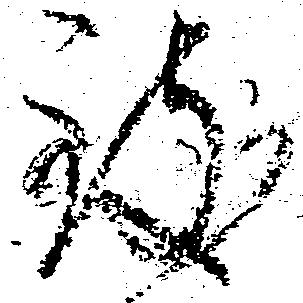
致